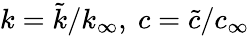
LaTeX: k={\tilde{k}}/{k_{\infty}},\ c={\tilde{c}}/{c_{\infty}}